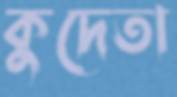
কুদেতা